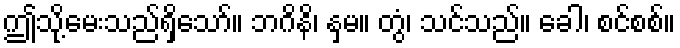
ဤသို့မေးသည်ရှိသော်။ ဘဂိနိ၊ နှမ။ တွံ၊ သင်သည်။ ခေါ၊ စင်စစ်။